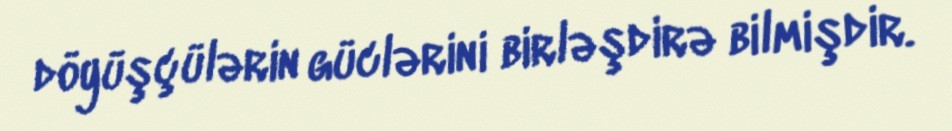
döyüşçülərin güclərini birləşdirə bilmişdir.